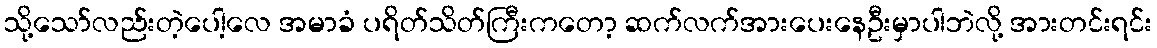
သို့သော်လည်းတဲ့ပေါ့လေ အမာခံ ပရိတ်သိတ်ကြီးကတော့ ဆက်လက်အားပေးနေဦးမှာပါဘဲလို့ အားတင်းရင်း